Vaccination in Bombay 1889-1901 - 1889-1901
Year: 1889
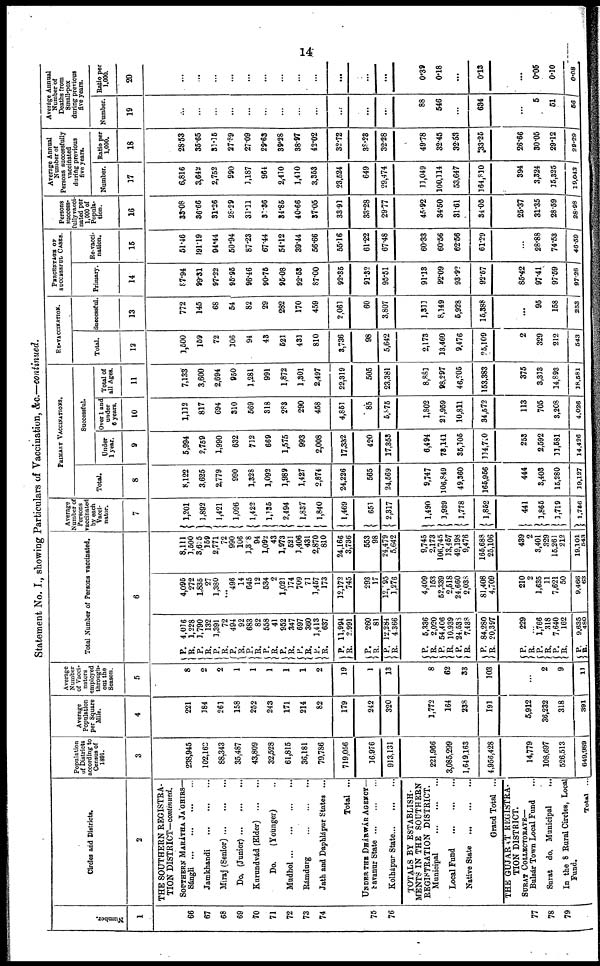
14
Statement No. I., showing Particulars of Vaccination, &c.—continued.
Number.
1
66
67
68
69
70
71
72
73
74
75
76
77
78
79
Circles and Districts.
2
THE SOUTHERN REGISTRA-
TION DISTRICT—continued.
SOUTHERN MARÁTHA JA'GHIRS—
Sángli
...
...
...
...
Jamkhandi ... ... ... ...
Miraj (Senior)
...
...
...
Do. (Junior) ...
...
...
Kurundvád (Elder)
...
...
Do.
(Younger) ..
Mudhol
...
...
...
...
Rámdurg
...
...
...
...
Jath and Daphlápur States ...
Total ...
UNDER THE DHÁRWÁR AGENCY—
Savanur State
...
...
...
Kolhápur State ... ... ...
TOTALS BY ESTABLISH-
MENTS IN THE SOUTHERN
REGISTRATION DISTRICT.
Municipal
...
...
...
Local Fund
...
...
...
Native State
...
...
...
Grand Total ...
THE GUJARAT REGISTRA-
TION DISTRICT.
SURAT COLLECTORATE—
Bulsár Town Local Fund ...
Surat do. Municipal
...
In the 8 Rural Circles, Local
Fund.
Total ...
Population
of Districts
according to
Census of
1891.
3
238,945
102,162
88,343
35,487
43,809
32,528
61,815
36,181
79,786
719,056
16,976
913,131
221,966
3,085,299
1,649,163
4,956,428
14,779
108,697
526,513
649.089
Average
Population
per Square
Mile.
4
221
184
261
158
252
243
171
214
82
179
242
320
1,772
164
238
191
5,912
36,232
318
391
Average
Number
of Vacci-
nators
employed
through-
out the
Season.
5
8
2
2
1
1
1
1
1
2
19
1
13
8
62
33
103
...
2
9
11
Total Number of Persons vaccinated.
6
P.
R.
P.
R. P.
R.
P.
R.
P.
R.
P. R.
P.
R.
P.
R.
P. R.
P.
R.
P.
R.
P.
R.
P.
R.
P.
R. P.
R.
P.
R.
P.
R.
P.
R.
P.
R.
P.
R.
4,016
1,228
1,790
132
1,391
72
494
92
683
82
558
41
952
347
697
360
1,413
637
11,994
2,991
260
81
12,284
4,366
5,336
2,020
54,406
10,939
24,538
7,438
84,280
20,397
229
...
1,766
318
7,640
162
9,635
480
4,095
272
1,835
27
1,380
...
496
14
645
12
534
2
1,021
174
709
71
1,457
173
12,172
745
293
17
12,095
1,276
4,409
153
52,339
2,518
24,660
2,038
81,408
4,709
210
2
1,635
11
7,621
50
9,466
63
8,111
3,500
3,605
159
2,771
72
990
106
1,308
94
1,092
43
1,973
521
1,406
431
2,870
810
24,166
3,736
553
98
24,479
5,642
9,745
2,173
106,745
13,457
49,198
9,476
165,688
25,106
439
2
3,401
329
15,261
212
19,101
543
Average
Number of
Persons
vaccinated
by each
Vacci-
nator.
7
1,201
1,892
1,421
1,096
1,422
1,135
2,494
1,837
1,840
1,469
651
2,317
1,490
1,939
1,778
1,852
441
1,865
1,719
1,786
PRIMARY VACCINATIONS.
Total.
8
8,122
3,625
2,779
990
1,328
1,092
1,989
1,427
2,874
24,226
565
24,569
9,747
106,849
49,360
365,956
444
3,403
15,280
19,127
Successful.
Under
1 year.
9
5,994
2,759
1,990
632
712
669
1,575
993
2,008
17,332
420
17,353
6,494
78,141
35,305
134,740
253
2,592
11,581
14,426
Over 1 and
under
6 years.
10
1,112
817
694
310
569
318
283
290
458
4,851
85
5,875
1,802
21,959
10,811
34,572
113
705
3,208
4,026
Total of
all Ages.
11
7,133
3,600
2,694
950
1,281
991
1,872
1,301
2,497
22,319
505
23,381
8,881
98,297
46,205
153,383
375
3,313
14,893
18,581
RE-VACCINATION.
Total.
12
1,500
159
72
106
94
43
521
431
810
3,736
98
5,642
2,173
13,460
9,476
25,109
2
329
212
543
Successful
13
772
145
68
54
82
29
282
170
459
2,061
60
3,807
1,311
8,149
5,928
15,388
...
95
158
253
PERCENTAGE OF
SUCCESSFUL CASES.
Primary.
14
87.94
99.31
97.22
95.95
96.46
90.75
96.08
92.53
87.00
92.35
91.32
95.51
91.13
92.09
93.92
92.57
85.42
97.41
97.59
87.38
Re-vacci-
nation.
15
51.46
191.19
94.44
50.94
87.23
67.44
54.12
39.44
56.66
55.16
61.22
67.48
60.33
60.56
62.56
61.29
...
28.88
74.53
46.59
Persons
success-
fully vacci-
nated per
1,000 of
Popula-
tion.
16
33.08
86.66
31.26
28.29
31.11
31.36
34.85
40.66
37.05
33.91
33.28
29.77
45.92
34.50
31.61
34.05
25.37
31.35
28.59
28.98
Average Annual
Number of
Persons successfully
vaccinated
during previous
five years.
Number.
17
6,816
3,642
2,752
990
1,187
964
2,410
1,410
3,353
23,524
649
29,474
11,049
100,114
53,647
164,810
394
3,324
15,325
19,043
Ratio per
1,000.
18
28.53
35.65
31.35
27.89
27.09
29.63
39.28
38.97
42.02
32.72
38.23
32.28
49.78
32.45
32.53
33.25
26.66
30.05
29.12
29.29
Averáge Annual
Number of
Deaths from
Small-pox
during previous
five years.
Number.
19
...
...
...
...
...
...
...
...
...
...
...
...
88
546
...
634
...
5
51
56
Ratio per
1,000.
20
...
...
...
...
...
...
...
...
...
...
...
...
0.39
0.18
...
0.13
...
0.05
0.10
0.08